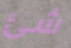
شئ